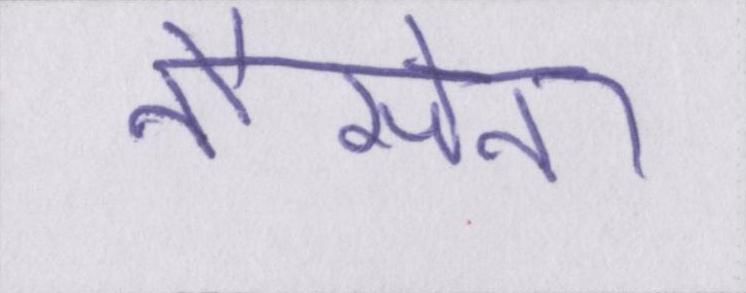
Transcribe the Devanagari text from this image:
नौसेना